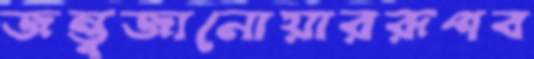
জন্তুজানোয়াররূপব